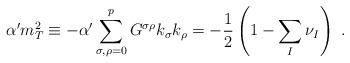
LaTeX: \begin{align*}\alpha^{\prime}m_{T}^{2} \equiv -\alpha^{\prime} \sum_{\sigma,\rho=0}^pG^{\sigma\rho}k_{\sigma}k_{\rho} =-\frac{1}{2} \left(1-\sum_{I}\nu_{I} \right)~.\end{align*}